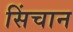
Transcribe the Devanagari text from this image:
सिंचान